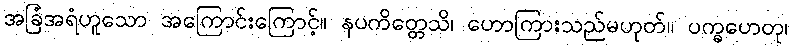
အခြံအရံဟူသော အကြောင်းကြောင့်။ နပကိတ္တေသိ၊ ဟောကြားသည်မဟုတ်။ ပက္ခဟေတု၊